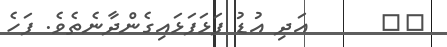
١٦      އަދި އުޑު ފަޅަފަޅައިގެންދާނެތެވެ. ފަހެ